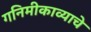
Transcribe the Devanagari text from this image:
गनिमीकाव्याचे